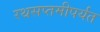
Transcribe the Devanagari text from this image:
रथसप्तमीपर्यंत